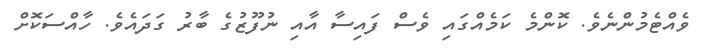
ވެއްޓެމުންނެވެ. ކޮންމެ ކަމެއްގައި ވެސް ފައިސާ އާއި ނުފޫޒުގެ ބާރު ގަދައެވެ. ހާއްސަކޮށް